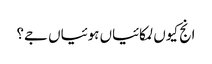
انج کیوں لمکائیاں ہوئیاں جے؟